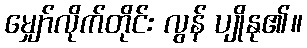
မျှော်လိုက်တိုင်း လွန် ပျိုနု၏။